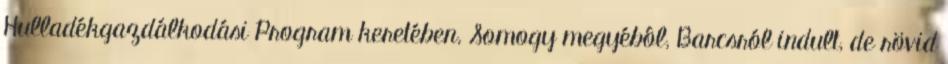
Hulladékgazdálkodási Program keretében. Somogy megyébôl, Barcsról indult, de rövid